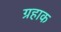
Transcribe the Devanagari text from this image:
ग्रहाक